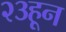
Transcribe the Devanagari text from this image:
२३हून